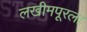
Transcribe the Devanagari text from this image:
लखीमपूरला